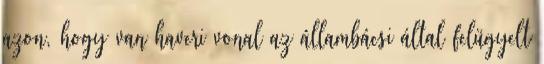
azon, hogy van haveri vonal az állambácsi által felügyelt